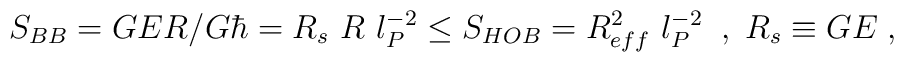
S_{BB} = GER/G\hbar = R_s~ R ~l_P^{-2} \le S_{HOB} = R_{eff}^2 ~ l_P^{-2} \;\;, \; R_s \equiv GE \; ,